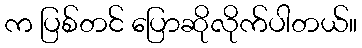
က ပြစ်တင် ပြောဆိုလိုက်ပါတယ်။